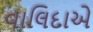
વાલિદાએ